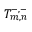
T _ { m , n } ^ { - , - }